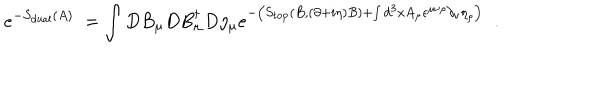
e ^ { - S _ { \mathrm { d u a l } } ( A ) \; } = \int D B _ { \mu } D B _ { \mu } ^ { \dagger } D \eta _ { \mu } e ^ { - \left( S _ { \mathrm { t o p } } ( B , ( \partial + i \eta ) B ) + \int d ^ { 3 } x A _ { \mu } \epsilon ^ { \mu \nu \rho } \partial _ { \nu } \eta _ { \rho } \right) \; } \; .